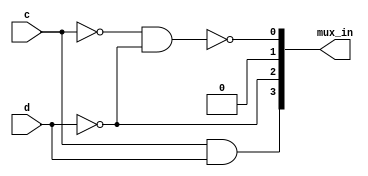
module top_module (
    input c,
    input d,
    output [3:0] mux_in
); 
    assign mux_in = {(c&d),~d,1'd0,~(~c&~d)};

endmodule